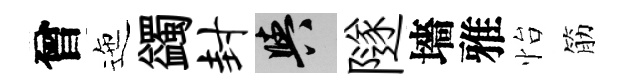
曾迤蠲封阳隧墻雅怡筋